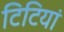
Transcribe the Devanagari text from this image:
टिटियां